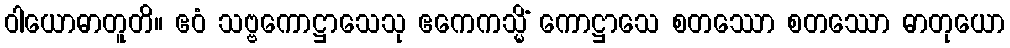
ဝါယောဓာတူတိ။ ဧဝံ သဗ္ဗကောဋ္ဌာသေသု ဧကေကသ္မိံ ကောဋ္ဌာသေ စတဿော စတဿော ဓာတုယော